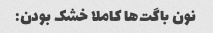
نون باگت‌ها کاملا خشک بودن: